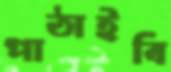
পাঠাইবি